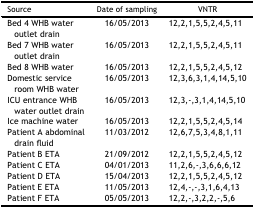
<table><thead><tr><td><b>Source</b></td><td><b>Date of sampling</b></td><td><b>VNTR</b></td></tr></thead><tbody><tr><td>Bed 4 WHB water outlet drain</td><td>16/05/2013</td><td>12,2,1,5,5,2,4,5,11</td></tr><tr><td>Bed 7 WHB water outlet drain</td><td>16/05/2013</td><td>12,2,1,5,5,2,4,5,11</td></tr><tr><td>Bed 8 WHB water</td><td>16/05/2013</td><td>12,2,1,5,5,2,4,5,12</td></tr><tr><td>Domestic service room WHB water</td><td>16/05/2013</td><td>12,3,6,3,1,4,14,5,10</td></tr><tr><td>ICU entrance WHB water outlet drain</td><td>16/05/2013</td><td>12,3,-,3,1,4,14,5,10</td></tr><tr><td>Ice machine water</td><td>16/05/2013</td><td>12,2,1,5,5,2,4,5,14</td></tr><tr><td>Patient A abdominal drain fluid</td><td>11/03/2012</td><td>12,6,7,5,3,4,8,1,11</td></tr><tr><td>Patient B ETA</td><td>21/09/2012</td><td>12,2,1,5,5,2,4,5,12</td></tr><tr><td>Patient C ETA</td><td>04/01/2013</td><td>11,2,6,-,3,6,6,6,12</td></tr><tr><td>Patient D ETA</td><td>15/04/2013</td><td>12,2,1,5,5,2,4,5,12</td></tr><tr><td>Patient E ETA</td><td>11/05/2013</td><td>12,4,-,-,3,1,6,4,13</td></tr><tr><td>Patient F ETA</td><td>05/05/2013</td><td>12,2,-,3,2,2,-,5,6</td></tr></tbody></table>